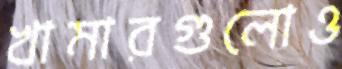
খামারগুলোও